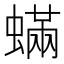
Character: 蟎